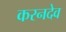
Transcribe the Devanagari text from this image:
करनदेव